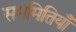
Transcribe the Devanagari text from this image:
सममितियाँ